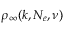
\rho _ { \infty } ( k , N _ { e } , \nu )